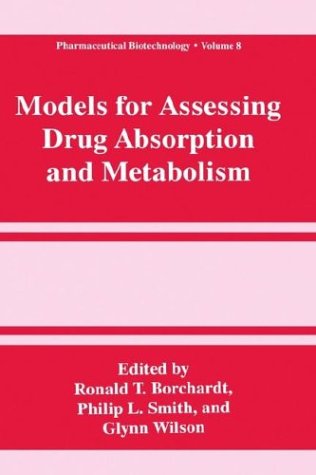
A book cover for Models for Assessing Drug Absorption and Metabolism (Pharmaceutical Biotechnology); Medical Books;